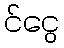
င်ငွေ